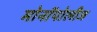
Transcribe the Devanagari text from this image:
मोनॉपोलीज